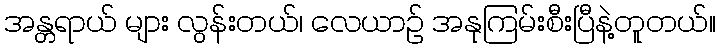
အန္တရာယ် များ လွန်းတယ်၊ လေယာဉ် အနုကြမ်းစီးပြီနဲ့တူတယ်။